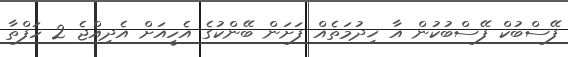
ފޭސްބުކް ފޭސްބުކުން އާ ޚިދުމަތެއް ފަށަން ބޭންކުގެ އެހީއަށް އެދިއްޖެ 2 ހަފްތާ